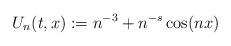
LaTeX: \begin{align*} U_{n}(t,x):= n ^{-3}+n^{-s}\cos(n x) \end{align*}